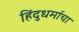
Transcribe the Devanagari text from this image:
हिंदुधर्माचा